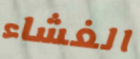
الغشاء